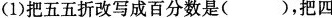
(1)把五五折改写成百分数是()，把四